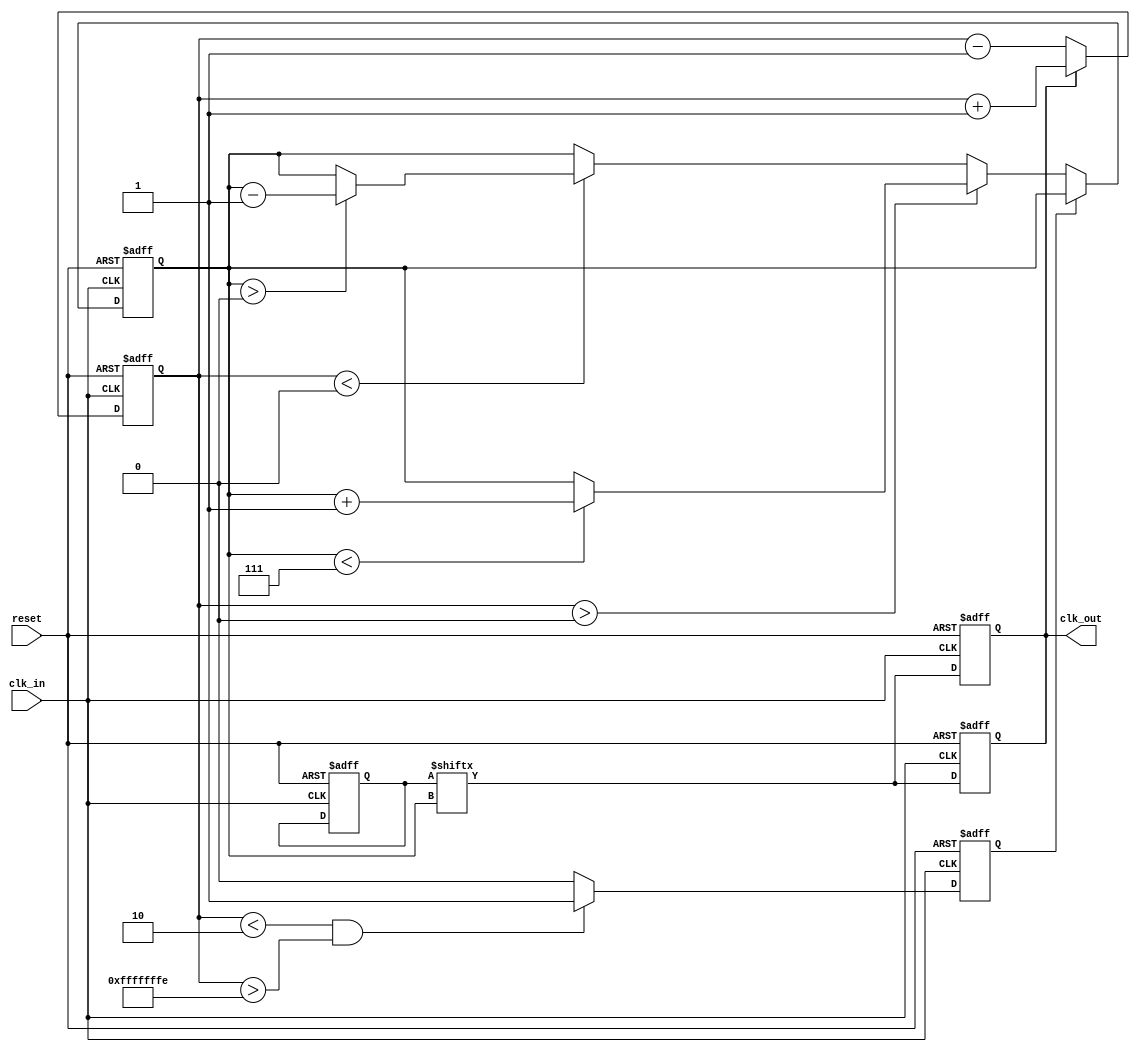
module dll (
    input wire clk_in,          // Input clock
    input wire reset,           // Reset signal
    output reg clk_out          // Output clock
);

    // Parameters
    parameter DELAY_ELEMENTS = 8; // Number of delay elements
    parameter LOCK_THRESHOLD = 2;  // Phase lock threshold

    // Internal signals
    reg [DELAY_ELEMENTS-1:0] delay_line; // Delay line storage
    reg [3:0] phase_error;                // Phase error signal
    reg [2:0] delay_index;                // Current delay index
    reg locked;                           // Lock status

    // Phase Detector
    always @(posedge clk_in or posedge reset) begin
        if (reset) begin
            phase_error <= 0;
            locked <= 0;
        end else begin
            // Compare the input clock with the delayed clock
            if (clk_out) begin
                phase_error <= phase_error + 1; // Increment error if output is high
            end else begin
                phase_error <= phase_error - 1; // Decrement error if output is low
            end

            // Lock condition
            if (phase_error < LOCK_THRESHOLD && phase_error > -LOCK_THRESHOLD) begin
                locked <= 1; // DLL is locked
            end else begin
                locked <= 0; // DLL is not locked
            end
        end
    end

    // Delay Line
    always @(posedge clk_in or posedge reset) begin
        if (reset) begin
            delay_line <= 0;
            delay_index <= 0;
            clk_out <= 0;
        end else begin
            // Update delay line based on phase error
            if (!locked) begin
                if (phase_error > 0) begin
                    // Output is leading, increase delay
                    if (delay_index < DELAY_ELEMENTS - 1) begin
                        delay_index <= delay_index + 1;
                    end
                end else if (phase_error < 0) begin
                    // Output is lagging, decrease delay
                    if (delay_index > 0) begin
                        delay_index <= delay_index - 1;
                    end
                end
            end

            // Generate delayed clock
            clk_out <= delay_line[delay_index];
        end
    end

    // Output Buffer
    always @(posedge clk_in or posedge reset) begin
        if (reset) begin
            clk_out <= 0;
        end else begin
            // Buffer the output clock
            clk_out <= delay_line[delay_index];
        end
    end

endmodule